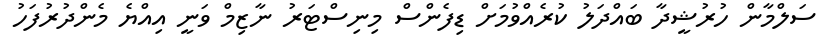
ސަލްމާން ހުރުޝީދާ ބައްދަލު ކުރެއްވުމަށް ޑިފެންސް މިނިސްޓަރު ނާޒިމް ވަނީ އިއްޔެ މެންދުރުފަހު